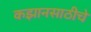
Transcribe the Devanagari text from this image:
कझानसाठीचे